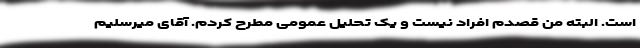
است. البته من قصدم افراد نیست و یک تحلیل عمومی مطرح کردم. آقای میرسلیم